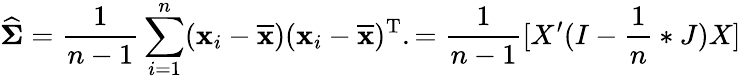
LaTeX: {\widehat{\boldsymbol{\Sigma}}}={\frac{1}{n-1}}\sum_{i=1}^{n}(\mathbf{x}_{i}-{\overline{{\mathbf{x}}}})(\mathbf{x}_{i}-{\overline{{\mathbf{x}}}})^{\mathrm{{T}}}.={\frac{1}{n-1}}[X^{\prime}(I-{\frac{1}{n}}*J)X]